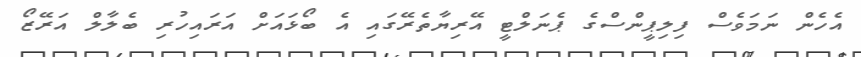
އެހެން ނަމަވެސް ފިލިޕީންސްގެ ޕެނަލްޓީ އޭރިޔާތެރޭގައި އެ ބޯޅައަށް އަރައިހުރި ބެލާލް އަރޭޒޯ